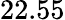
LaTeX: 22.55